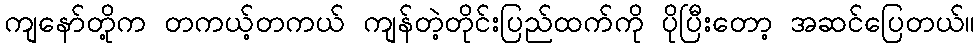
ကျနော်တို့က တကယ့်တကယ် ကျန်တဲ့တိုင်းပြည်ထက်ကို ပိုပြီးတော့ အဆင်ပြေတယ်။